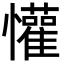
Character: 懽